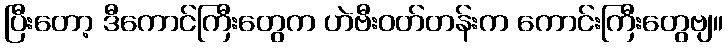
ပြီးတော့ ဒီကောင်ကြီးတွေက ဟဲဗီးဝတ်တန်းက ကောင်းကြီးတွေဗျ။